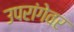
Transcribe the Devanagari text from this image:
उपरांगेवर